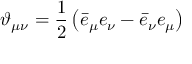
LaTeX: \vartheta _ { \mu \nu } = \frac { 1 } { 2 } \left( \bar { e } _ { \mu } e _ { \nu } - \bar { e } _ { \nu } e _ { \mu } \right)